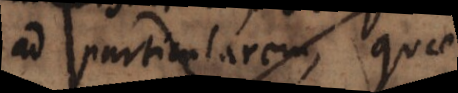
ad particularem, quae